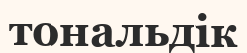
тональдік